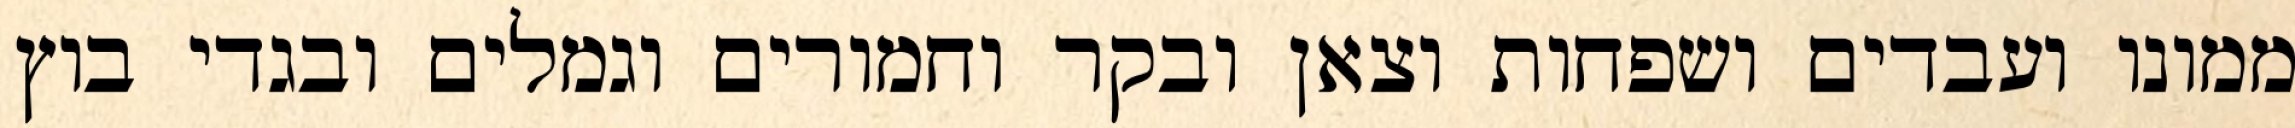
ממונו ועבדים ושפחות וצאן ובקר וחמורים וגמלים ובגדי בוץ